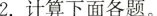
2.计算下面各题。